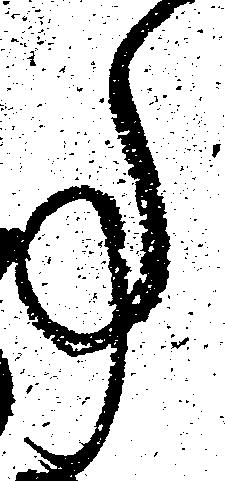
事